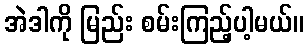
အဲဒါကို မြည်း စမ်းကြည့်ပါ့မယ်။